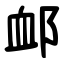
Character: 䘏